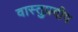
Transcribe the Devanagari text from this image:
वास्तुप्रदीप